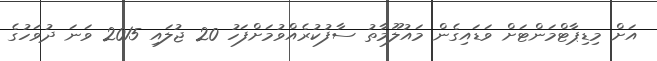
އަށް މިޑިޕާޓްމަންޓަށް ވަޑައިގެން މައުލޫމާތު ސާފުކުރެއްވުމަށްފަހު 20 ޖުލައި 2015 ވަނަ ދުވަހުގެ